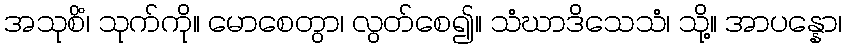
အသုစိံ၊ သုက်ကို။ မောစေတွာ၊ လွတ်စေ၍။ သံဃာဒိသေသံ၊ သို့။ အာပန္နော၊